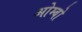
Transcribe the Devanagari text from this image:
ओम्बो